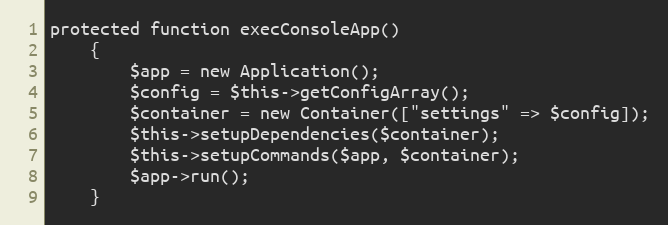
Language: PHP
protected function execConsoleApp()
    {
        $app = new Application();
        $config = $this->getConfigArray();
        $container = new Container(["settings" => $config]);
        $this->setupDependencies($container);
        $this->setupCommands($app, $container);
        $app->run();
    }